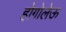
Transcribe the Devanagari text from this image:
होगोलेऊ